Annual report on the health of the army in India
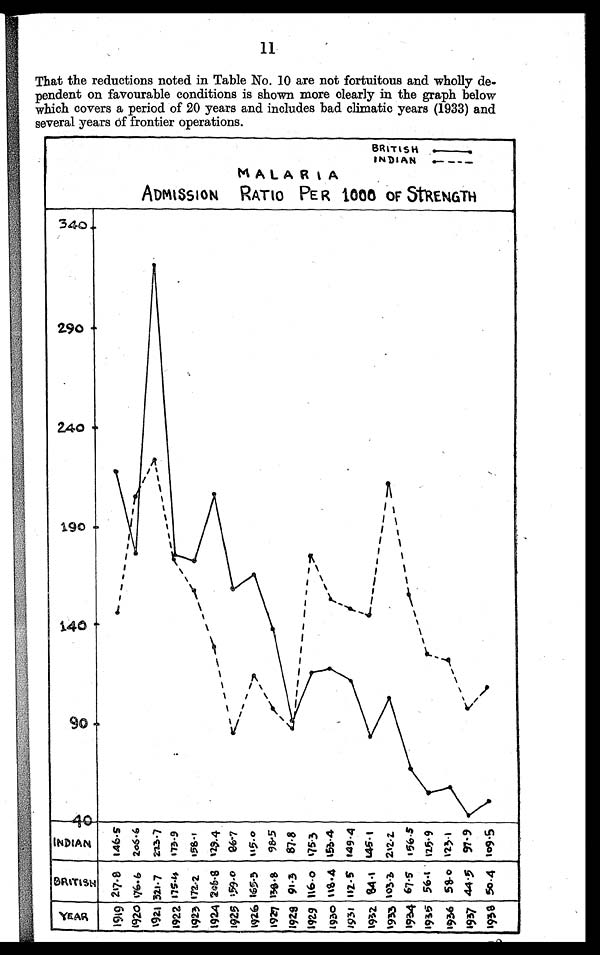
11
That the reductions noted in Table No. 10 are not fortuitous and wholly de
pendent on favourable conditions is shown more clearly in the graph below
which covers a period of 20 years and includes bad climatic years (1933) and
several years of frontier operations.
INDIAN –
MALARIA
ADMISSION RATIO PER 1000 OF StRENGTH
INDIAN
BRITISH
YEAR